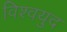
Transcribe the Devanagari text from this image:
विश्‍वयुद